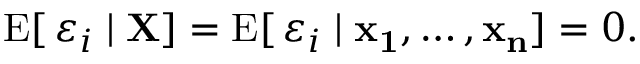
\operatorname { E } [ \, \varepsilon _ { i } \mid \mathbf { X } ] = \operatorname { E } [ \, \varepsilon _ { i } \mid \mathbf { x _ { 1 } } , \dots , \mathbf { x _ { n } } ] = 0 .